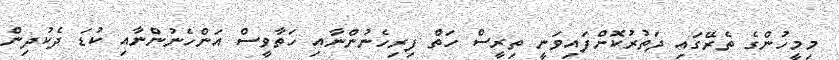
މިމީހުންގެ ތެރޭގައި ދަތުރުކޮށްފައިވަނީ ތިރީސް ހަތް ފިރިހެނުންނާއި ހަތާވީސް އަންހެނުންނާއި ކުޑަ ދެކުދިން